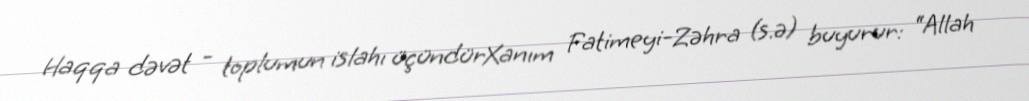
Haqqa dəvət - toplumun islahı üçündürXanım Fatimeyi-Zəhra (s.ə) buyurur: “Allah